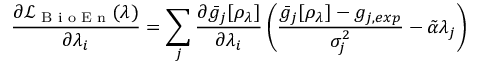
\frac { \partial \mathcal { L } _ { \textrm { B i o E n } } ( \lambda ) } { \partial \lambda _ { i } } = \sum _ { j } \frac { \partial \bar { g } _ { j } [ \rho _ { \lambda } ] } { \partial \lambda _ { i } } \left( \frac { \bar { g } _ { j } [ \rho _ { \lambda } ] - g _ { j , e x p } } { \sigma _ { j } ^ { 2 } } - \tilde { \alpha } \lambda _ { j } \right)